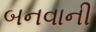
બનવાની